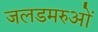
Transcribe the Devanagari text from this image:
जलडमरुओं